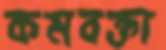
কমবক্তা